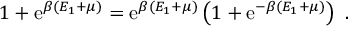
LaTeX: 1 + \mathrm { e } ^ { \beta ( E _ { 1 } + \mu ) } = \mathrm { e } ^ { \beta ( E _ { 1 } + \mu ) } \left( 1 + \mathrm { e } ^ { - \beta ( E _ { 1 } + \mu ) } \right) \ .